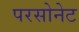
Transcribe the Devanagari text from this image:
परसोनेट